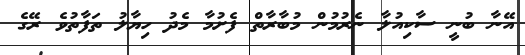
އޭނާ ބުނީ ސާކިއުލާ ނެރުމުން މުބާރާތް ފެށުމާ މެދު ހިޔާލު ތަފާތުވެ ރޭގެ